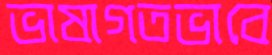
ভাষাগতভাবে